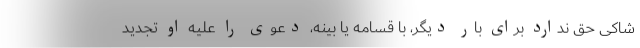
شاکی حق ندارد برای بار دیگر، با قسامه یا بینه، دعوی را علیه او تجدید